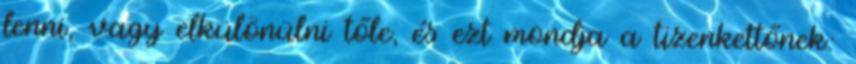
lenni, vagy elkülönülni tőle, és ezt mondja a tizenkettőnek: